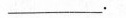
___